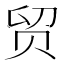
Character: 贸